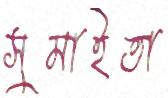
সুমাইতা